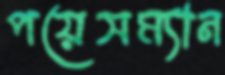
পয়েসম্যান